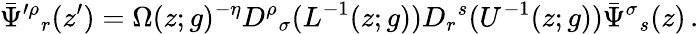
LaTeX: \bar{\Psi}^{\prime\rho}{}_{r}(z^{\prime})=\Omega(z;g)^{-\eta}D^{\rho}{}_{\sigma}(L^{-1}(z;g))D_{r}{}^{s}(U^{-1}(z;g))\bar{\Psi}^{\sigma}{}_{s}(z)\, .